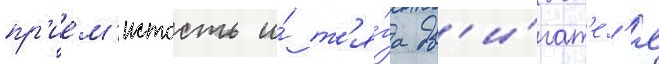
пр'ием'истость и́ т'я́га дв'и́гат'ел'я